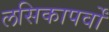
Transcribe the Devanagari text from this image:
लसिकापर्वों